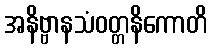
အနိဗ္ဗာနသံဝတ္တနိကောတိ